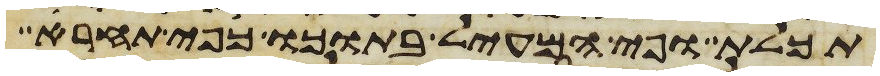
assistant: תכלת ופי המעיל בתוכו כפי תחרה